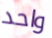
واحد